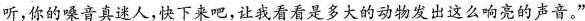
听，你的嗓音真迷人，快下来吧，让我看看是多大的动物发出这么响亮的声音。